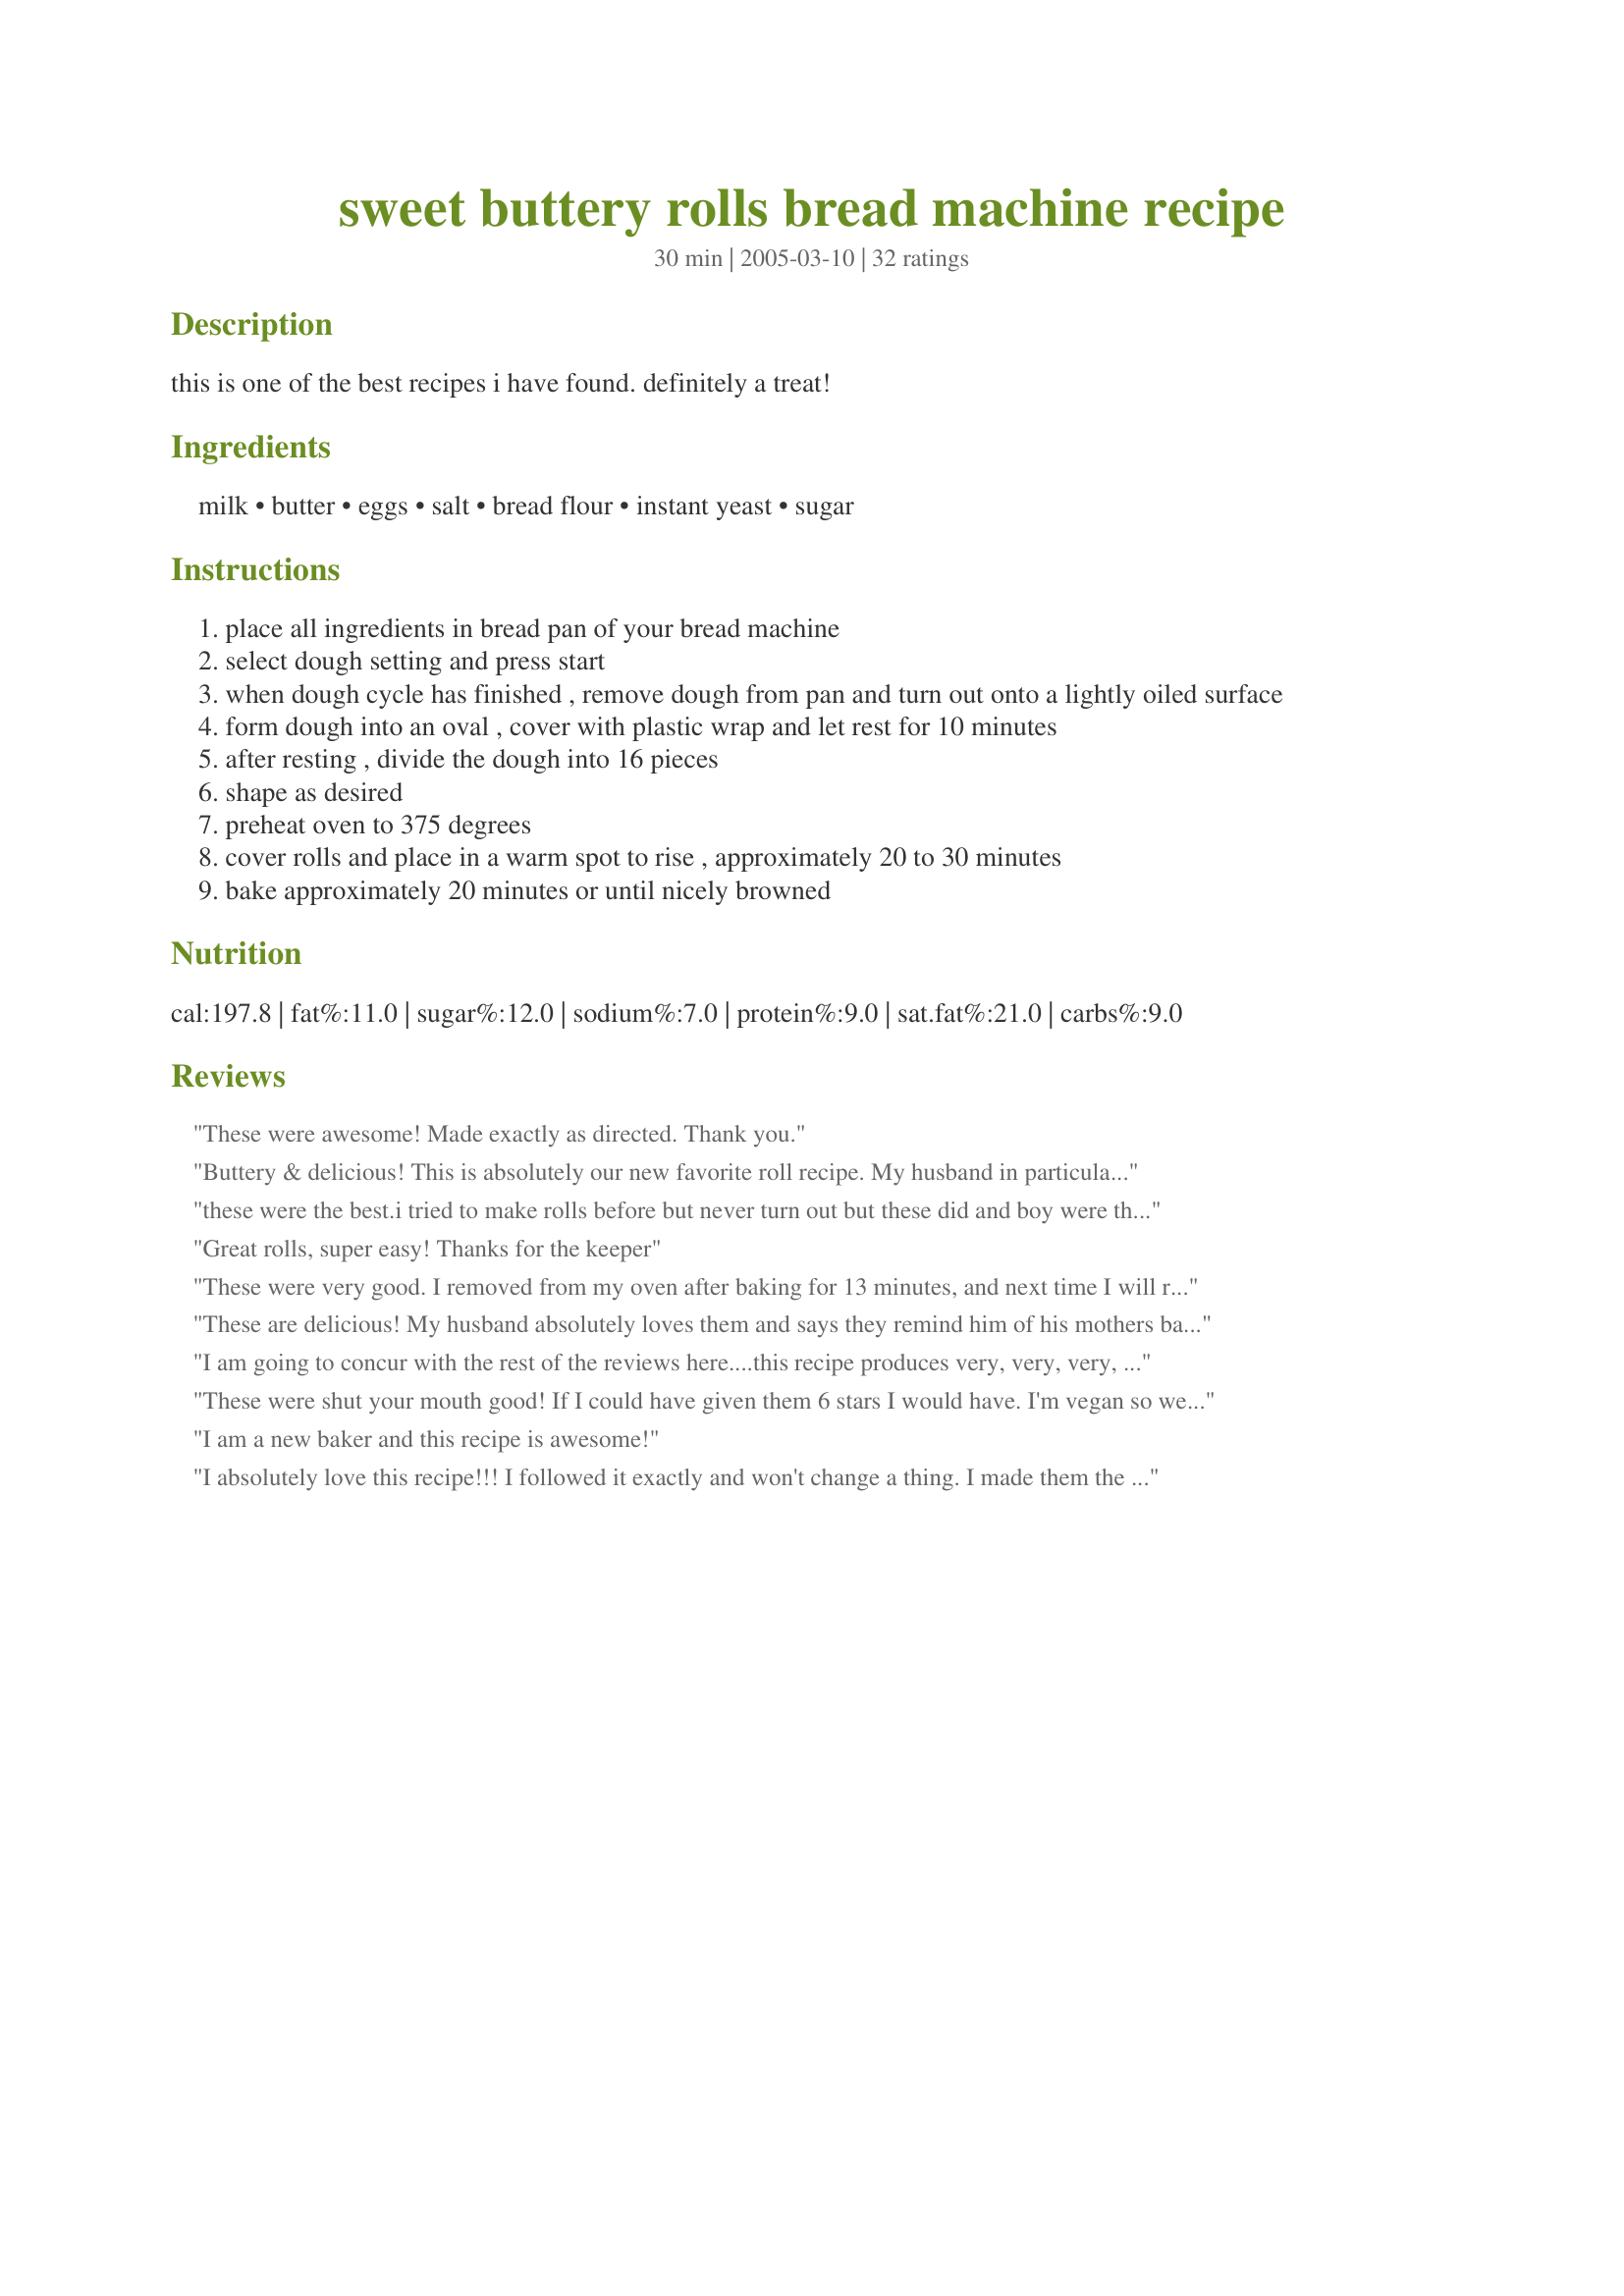
sweet buttery rolls bread machine recipe
Preparation time: 30 minutes

this is one of the best recipes i have found. definitely a treat!

Ingredients:
milk, butter, eggs, salt, bread flour, instant yeast, sugar

Steps:
place all ingredients in bread pan of your bread machine
select dough setting and press start
when dough cycle has finished , remove dough from pan and turn out onto a lightly oiled surface
form dough into an oval , cover with plastic wrap and let rest for 10 minutes
after resting , divide the dough into 16 pieces
shape as desired
preheat oven to 375 degrees
cover rolls and place in a warm spot to rise , approximately 20 to 30 minutes
bake approximately 20 minutes or until nicely browned

Reviews:
These were awesome! Made exactly as directed. Thank you.
Buttery & delicious! This is absolutely our new favorite roll recipe. My husband in particular loves these rolls and keeps asking me to make more. The recipe is super easy to put together and makes a very high rising dough. Kind of reminds me of a Sally Lunn bread - rich, buttery, and a little sweet - absolutely fantastic. I shaped some as dinner rolls, some as bigger sandwich rolls and some as hot dog rolls and they all made the sandwich that much better. Thanks for an excellent easy recipe that has gone into my list of favorites.
these were the best.i tried to make rolls before but never turn out but these did and boy were they good............
Great rolls, super easy! Thanks for the keeper
These were very good. I removed from my oven after baking for 13 minutes, and next time I will remove after 10 minutes. Will make again. Thank you for sharing.
These are delicious! My husband absolutely loves them and says they remind him of his mothers back in the day. Looks like he's in heaven while eating them :) Only changes I've made is to delete steps 3 & 4, and to double the sugar. Better than Logan's and Texas Road House rolls... thanks for sharing!!
I am going to concur with the rest of the reviews here....this recipe produces very, very, very, very good rolls/bread. Everyone, young & not-so-young, INHALED these rolls. Im not joking. Just plain, by themselves, as a "meal" I guess you could say. I doubled the amount of sugar to 1/2 cup & used raw sugar. Awesome, love it. Mahalo!!!
These were shut your mouth good! If I could have given them 6 stars I would have. I'm vegan so we did some substitutions here. Soy milk, vegan butter, egg replacer (the flour kind) and that's about it. The rolls were unbelievable toasted. Make these and make them often.
I am a new baker and this recipe is awesome!
I absolutely love this recipe!!! I followed it exactly and won't change a thing. I made them the night before and just proofed them right before I put them in the oven! I could barely wait for them to cool down!
WOW!!! my family can't get enough of these rolls. I've made 2 batches in the last week, one to go with chili and one just because they begged me to.Awesome flavor, sweet and buttery, great texture. This is a keeper for sure, thanks for sharing.
These are the best rolls !!!! I have made them several times now. I have even add rehydrated diced onion and poppy seeds to the dough and topped them with more onion and poppy seeds they are fantastic...Or after they are baked brush on some garlic butter and use them for slider buns YUM !!!! You cannot go wrong with this recipe...
These are very dense and delicious...by far the best rolls I have ever made. I got 15 big rolls out of the batch, and they were done after 18 minutes. Thanks for a great recipe!
I am an experienced bread and roll baker and have several roll recipes but this one beats them ALL hands down! Very easy recipe. I usually divide the dough into 12 pieces in a 13x9 pan. They come out huge! I would give this recipe 1000 stars if that was possible :-) Thanks so much for an extraordinary recipe!!
Beautiful rolls, turned out perfectly. The kids loved them, this is definately a keeper for us!
Very nice. My first time baking rolls (from my own dough) and they came out beautifully. 

Thanks!
Great! thanks for the recipe! will make again :)
Bread machines were made in heaven...

R
These were just great! Lots of buttery flavor. So nice amd soft. Just perfect! Thanks for posting.
Not addictive, but rose correctly and turned out good.
A picture perfect sweet, buttery roll recipe. Very easy to make. I divided the dough into 15 equal parts and put them in 3 rows of 5 in a 9" x 13" pan. Very tasty. Thank you for sharing the recipe.
I made these rolls along w/ another recipe I found on this site for a Honey Baked Ham, and it is the best meal I've ever made. My family told me I had better not lose this recipe, or they'd be really upset. The rolls were perfect! Thank you.
This recipe is very similar to recipe #65340 except it had 2.5 tsp yeast and 1.5 tsp salt instead. Very good buns! Friends love them.
I was concerned when the dough came out of the bread machine really wet and flat, but after allowing time for it rise and bake...it came out beautifully! Will definitely be using this recipe for years to come!
best ever rolls and this is coming from a non bread eater but company was coming and my starchy luving hubby said pretty please and this came out great.not only made it once but now make it once a week.ty for this great recipe it is not only great but EASY just pull it to make the rolls.
I also have tried various recipes trying to find the one I want to add to my personal cookbook. This is it. It makes more than 12 rolls and also comes out of the bread machine easily, not real sticky like some doughs. Thank you for the recipe.
I made very large square rolls, cut them in half, dipped them in a French toast batter then cooked them in my waffle iron. They were perfect. Made the best French toast waffles we have had, thanks!
I just made these today, and wow they are awesome! Very soft and moist dinner rolls. I made them to go with my ham dinner, and everyone agreed that the dinner rolls were the best part. I did skip steps 3 & 4. I also baked them on a cookie sheet and made larger size to equal 12 rolls. EXCELLENT recipe! Thank you for submitting this easy recipe.
L??VE this recipe! Followed it to a “T.” The rolls had the perfect rise, color, texture, density, softness and deliciousness. Easy peasy using my bread machine—just dump in the simple ingredients and let the machine go through the dough cycle. (Ok, I made one minor step adjustment) I divided the dough into the 16 rolls before I let it rise. I used the same sheet of parchment paper to divide the dough into rolls and line my baking sheet. Easy cleanup too. This is my new go-to every occasion roll/slider recipe. Thank you for sharing!!!
Fluffy bites of heaven! WONDERFUL ROLLS!
These rolls are so good! It makes too many for us, but I freeze the extra and they come out just as delicious as they do the first time. Thanks!
OMG I just made these today for the first of many times to come I believe and they are amazing. Thank you so much for the recipe. Will be making again soon i believe.
